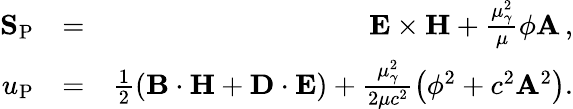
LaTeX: \begin{array}{rlr}{{\mathbf S}_{\mathrm{P}}}&{=}&{{\mathbf E}\times{\mathbf H}+\frac{\mu_{\gamma}^{2}}{\mu}\phi{\mathbf A}\, ,}\\ {u_{\mathrm{P}}}&{=}&{\frac{1}{2}\left({\mathbf B}\cdot{\mathbf H}+{\mathbf D}\cdot{\mathbf E}\right)+\frac{\mu_{\gamma}^{2}}{2\mu c^{2}}\left(\phi^{2}+c^{2}{\mathbf A}^{2}\right).}\end{array}